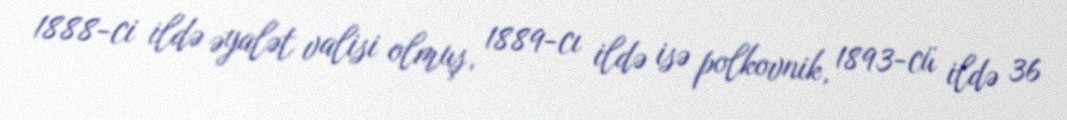
1888-ci ildə əyalət valisi olmuş, 1889-cı ildə isə polkovnik, 1893-cü ildə 36